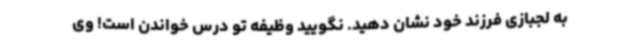
به لجبازی فرزند خود نشان دهید. نگویید وظیفه تو درس خواندن است! وی